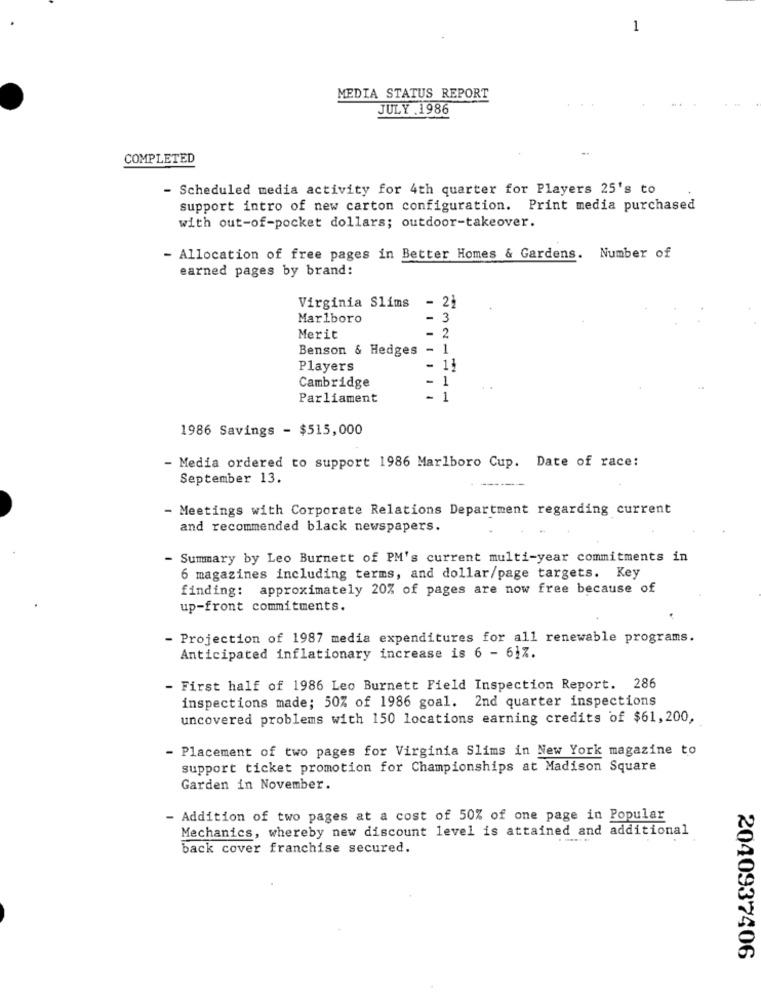
1
MEDIA STATUS REPORT
JULY .1986
COMPLETED
- Scheduled media activity for 4th quarter for Players 25's to
support intro of new carton configuration. Print media purchased
with out-of-pocket dollars; outdoor-takeover.
- Allocation of free pages in Better Homes & Gardens. Number of
earned pages by brand:
Virginia Slims
- 21
Marlboro
- 3
Merit
- 2
Benson & Hedges -
1
Players
- 11
-
1
Cambridge
Parliament
- 1
1986 Savings - $515,000
- Media ordered to support 1986 Marlboro Cup. Date of race:
September 13.
- Meetings with Corporate Relations Department regarding current
and recommended black newspapers.
- Summary by Leo Burnett of PM's current multi-year commitments in
6 magazines including terms, and dollar/page targets. Key
finding: approximately 20% of pages are now free because of
up-front commitments.
- Projection of 1987 media expenditures for all renewable programs.
Anticipated inflationary increase is 6 - 617.
- First half of 1986 Leo Burnett Field Inspection Report. 286
inspections made; 50% of 1986 goal. 2nd quarter inspections
uncovered problems with 150 locations earning credits of $61,200,
- Placement of two pages for Virginia Slims in New York magazine to
support ticket promotion for Championships at Madison Square
Garden in November.
- Addition of two pages at a cost of 50% of one page in Popular
Mechanics, whereby new discount level is attained and additional
back cover franchise secured.
2040937406